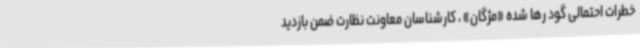
خطرات احتمالی گود رها شده «مژگان» ، کارشناسان معاونت نظارت ضمن بازدید